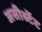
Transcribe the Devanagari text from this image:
असीस्टेंट